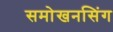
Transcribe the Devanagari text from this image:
समोखनसिंग